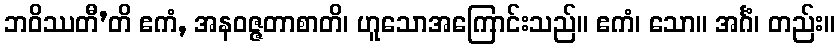
ဘဝိဿတီ’တိ ဧကံ, အနဝဇ္ဇတာစာတိ၊ ဟူသောအကြောင်းသည်။ ဧကံ၊ သော။ အင်္ဂံ၊ တည်း။